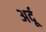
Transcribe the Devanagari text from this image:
अर्दू